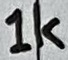
Text: 1k